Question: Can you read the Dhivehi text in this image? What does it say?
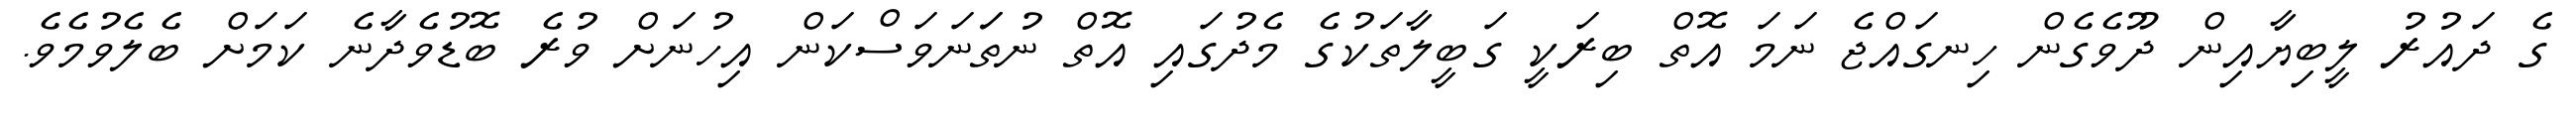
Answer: ގެ ދައުރު ލީބިޔާއިން ދޫވެގެން ހިނގައްޖެ ނަމަ އޮތް ބިރަކީ ގަބީލާތަކުގެ މެދުގައި އޮތް ނުތަަނަވަސްކަން އިހުނަށް ވުރެ ބޮޑުވެދާނެ ކަމަށް ބެލެވުމެވެ.